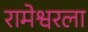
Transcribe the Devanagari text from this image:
रामेश्वरला